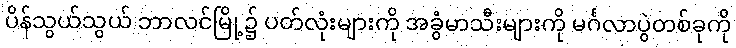
ပိန်သွယ်သွယ် ဘာလင်မြို့၌ ပတ်လုံးများကို အခွံမာသီးများကို မင်္ဂလာပွဲတစ်ခုကို